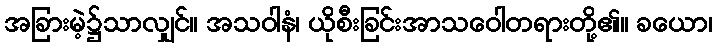
အခြားမဲ့၌သာလျှင်။ အသဝါနံ၊ ယိုစီးခြင်းအာသဝေါတရားတို့၏။ ခယော၊